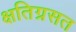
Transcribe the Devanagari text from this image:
क्षतिग्रसत